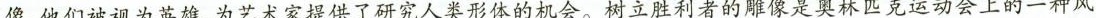
像，他们被视为英雄，为艺术家提供了研究人类形体的机会。树立胜利者的雕像是奥林匹克运动会上的一种风